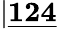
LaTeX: \lvert\underline{{\textbf{124}}}